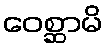
ဝေစ္ဆာမိ